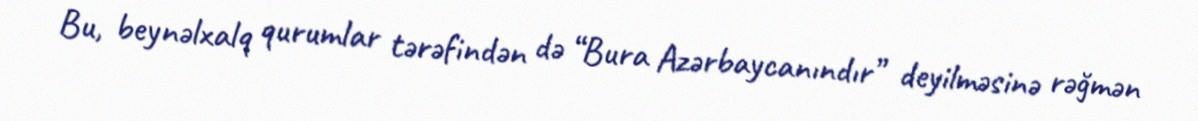
Bu, beynəlxalq qurumlar tərəfindən də “Bura Azərbaycanındır” deyilməsinə rəğmən